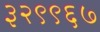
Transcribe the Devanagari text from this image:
३२९९६७